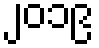
၂၀၁၉